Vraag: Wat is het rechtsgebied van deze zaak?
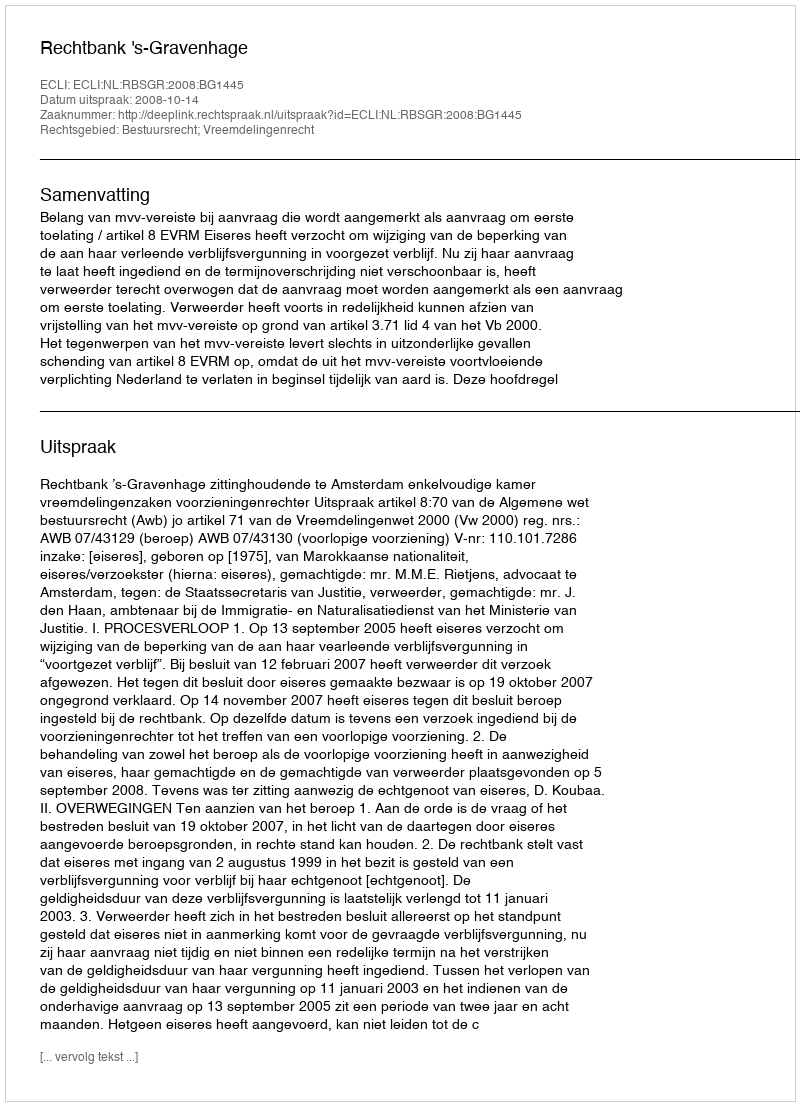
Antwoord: Bestuursrecht; Vreemdelingenrecht